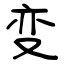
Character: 变